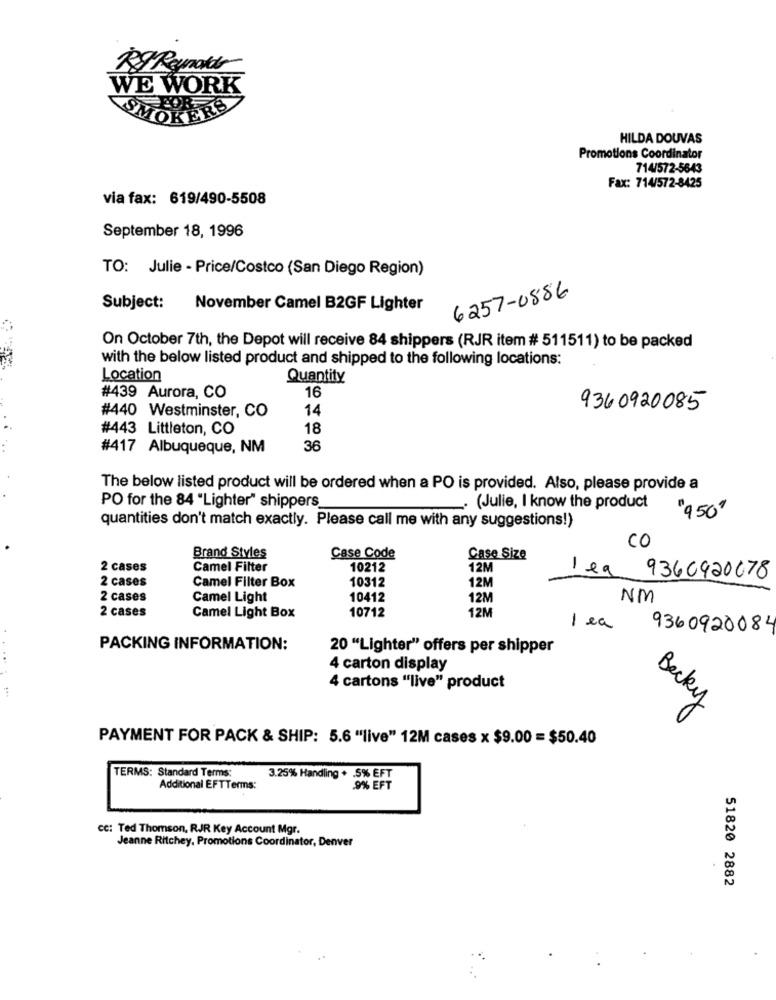
BJ Reynolds
WE WORK
SMOKERS
HILDA DOUVAS
Promotions Coordinator
714/572-5643
Fax: 714/572-8425
via fax: 619/490-5508
September 18, 1996
TO: Julie - Price/Costco (San Diego Region)
6257-0886
Subject:
November Camel B2GF Lighter
On October 7th, the Depot will receive 84 shippers (RJR item # 511511) to be packed
with the below listed product and shipped to the following locations:
Location
Quantity
16
#439 Aurora, CO
14
9360920085
#440 Westminster, CO
#443 Littleton, CO
18
#417 Albuqueque, NM
36
The below listed product will be ordered when a PO is provided. Also, please provide a
PO for the 84 "Lighter" shippers
(Julie, I know the product
"950"
quantities don't match exactly. Please call me with any suggestions!)
CO
Brand Styles
Case Code
Case Size
-
2 cases
Camel Filter
10212
12M
lea
2 cases
10312
12M
9360920078
Camel Filter Box
2 cases
Camel Light
10412
12M
NM
2 cases
10712
12M
Camel Light Box
lea
9360920084
PACKING INFORMATION:
20 "Lighter" offers per shipper
...
4 carton display
:
4 cartons "live" product
Becky
PAYMENT FOR PACK & SHIP: 5.6 "live" 12M cases x $9.00 = $50.40
TERMS: Standard Terms:
3.25% Handling + .5% EFT
Additional EFTTerms:
.9% EFT
cc: Ted Thomson, RJR Key Account Mgr.
Jeanne Ritchey, Promotions Coordinator, Denver
51820 2882